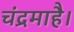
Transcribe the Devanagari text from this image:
चंद्रमाहै।